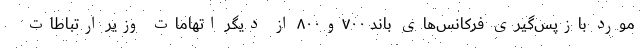
مورد بازپس‌گیری فرکانس‌های باند ۷۰۰و۸۰۰ از دیگر اتهامات وزیر ارتباطات